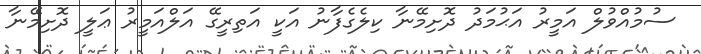
ސުމުއްވުލް އަމީރު އަޙުމަދު ދޮށިމޭނާ ކިލެގެފާނު އަކީ އަތިރީގޭ އަލްއަމީރު ޢަލީ ދޮށިމޭނާ